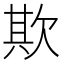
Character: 欺